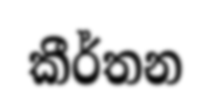
කීර්තන